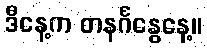
ဒီနေ့က တနင်္ဂနွေနေ့။